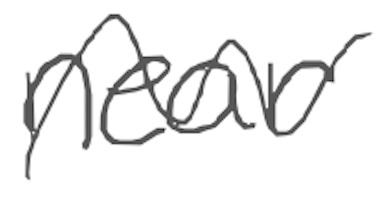
Text: near
Cross-out: wave
Writing tool: digital_gray